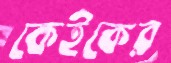
কেইকের